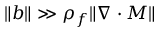
\| \boldsymbol { b } \| \gg \rho _ { f } \| \nabla \cdot \boldsymbol { M } \|